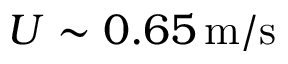
U \sim 0 . 6 5 \, \mathrm { m / s }